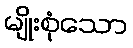
မျိုးစုံသော